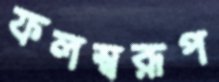
ফলস্বরূপ